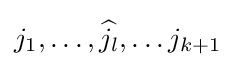
j_{1},\ldots ,{\widehat {j_{l}}},\ldots j_{k+1}